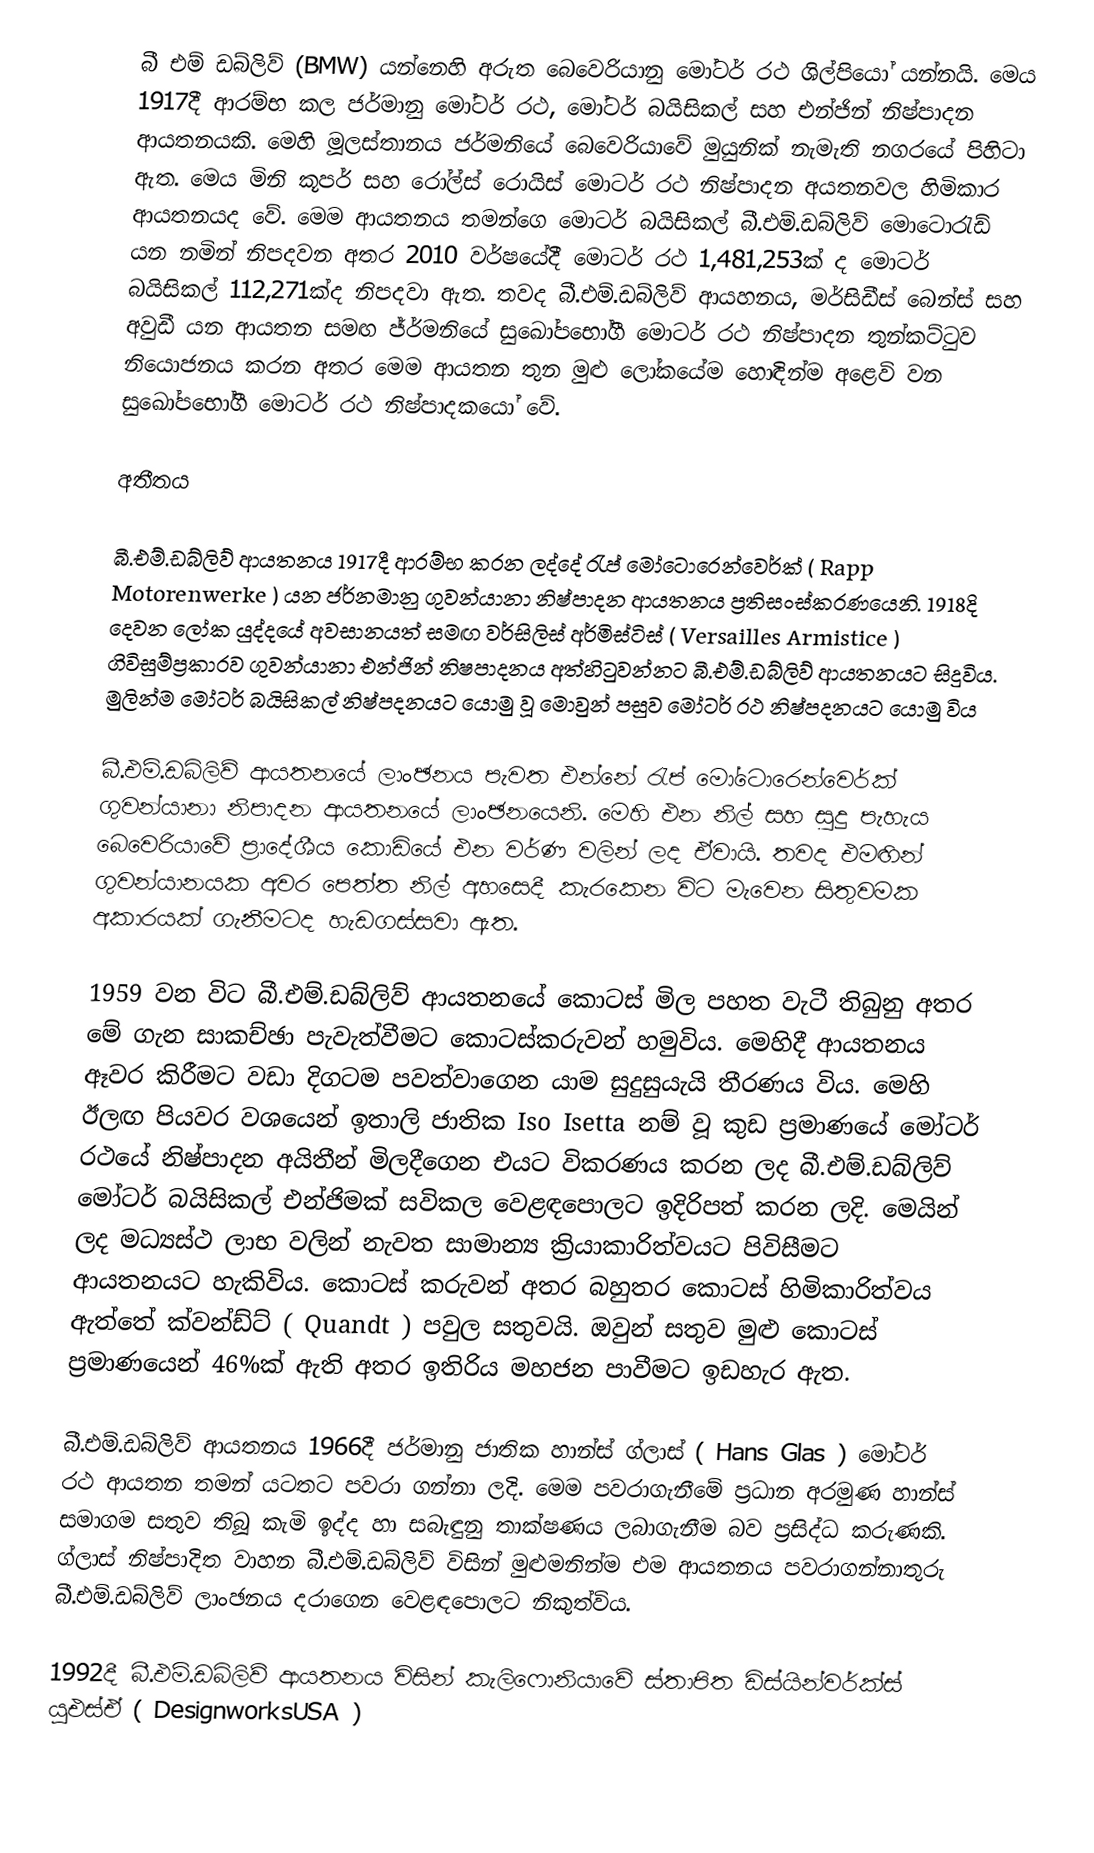
බී එම් ඩබ්ලිව් (BMW)  යන්නෙහි අරුත බෙවෙරියානු මෝටර් රථ ශිල්පියෝ යන්නයි. මෙය 1917දී ආරම්භ කල ජර්මානු මෝටර් රථ, මෝටර් බයිසිකල් සහ එන්ජින් නිෂ්පාදන ආයතනයකි. මෙහි මූලස්තානය ජර්මනියේ බෙවෙරියාවේ මුයුනික් නැමැති නගරයේ පිහිටා ඇත. මෙය මිනි කූපර් සහ රෝල්ස් රොයිස් මොටර් රථ නිෂ්පාදන අයතනවල හිමිකාර ආයතනයද වේ. මෙම ආයතනය තමන්ගෙ මොටර් බයිසිකල් බී.එම්.ඩබ්ලිව් මොටොරැඩ් යන නමින් නිපදවන අතර 2010 වර්ෂයේදී මොටර් රථ 1,481,253ක් ද මොටර් බයිසිකල් 112,271ක්ද නිපදවා ඇත. තවද බී.එම්.ඩබ්ලිව් ආයහනය, මර්සිඩීස් බෙන්ස් සහ අවුඩී යන ආයතන සමඟ ජ්ර්මනියේ සුඛෝපභෝගී මොටර් රථ නිෂ්පාදන තුන්කට්ටුව නියොජනය කරන අතර මෙම ආයතන තුන මුළු ලෝකයේම හොඳින්ම අළෙවි වන සුඛෝපභෝගී මොටර් රථ නිෂ්පාදකයෝ වේ.

අතීතය

බී.එම්.ඩබ්ලිව් ආයතනය 1917දී ආරම්භ කරන ලද්දේ රැප් මෝටොරෙන්වෙර්ක් ( Rapp Motorenwerke ) යන ජර්නමානු ගුවන්යානා නිෂ්පාදන ආයතනය ප්‍රතිසංස්කරණයෙනි. 1918දි දෙවන ලෝක යුද්දයේ අවසානයත් සමඟ වර්සිලිස් අර්මිස්ටිස් ( Versailles Armistice )  ගිවිසුම්ප්‍රකාරව  ගුවන්යානා එන්ජින් නිෂපාදනය අත්හිටුවන්නට බී.එම්.ඩබ්ලිව් ආයතනයට සිදුවිය. මුලින්ම මෝටර් බයිසිකල් නිෂ්පදනයට යොමු වූ මොවුන් පසුව මෝටර් රථ නිෂ්පදනයට යොමු විය

බී.එම්.ඩබ්ලිව් ආයතනයේ ලාංඡනය පැවත එන්නේ රැප් මෝටොරෙන්වෙර්ක් ගුවන්යානා නිපාදන ආයතනයේ ලාංඡනයෙනි. මෙහි එන නිල් සහ සුදු පැහැය බෙවෙරියාවේ ප්‍රාදේශීය කොඩියේ එන වර්ණ වලින් ලද ඒවායි. තවද එමඟින් ගුවන්යානයක අවර පෙත්ත නිල් අහසෙදී කැරකෙන විට මැවෙන සිතුවමක අකාරයක් ගැනීමටද හැඩගස්සවා ඇත.

1959 වන විට බී.එම්.ඩබ්ලිව් ආයතනයේ කොටස් මිල පහත වැටී තිබුනු අතර මේ ගැන සාකච්ඡා පැවැත්වීමට කොටස්කරුවන් හමුවිය. මෙහිදී ආයතනය ඈවර කිරීමට වඩා දිගටම පවත්වාගෙන යාම සුදුසුයැයි තීරණය විය. මෙහි ඊලඟ පියවර වශයෙන් ඉතාලි ජාතික Iso Isetta නම් වූ කුඩ ප්‍රමාණයේ මෝටර් රථයේ නිෂ්පාදන අයිතීන් මිලදීගෙන එයට විකරණය කරන ලද බී.එම්.ඩබ්ලිව් මෝටර් බයිසිකල් එන්ජිමක් සවිකල වෙළඳපොලට ඉදිරිපත් කරන ලදි. මෙයින් ලද මධ්‍යස්ථ ලාභ වලින් නැවත සාමාන්‍ය ක්‍රියාකාරිත්වයට පිවිසීමට ආයතනයට හැකිවිය. කොටස් කරුවන් අතර බහුතර කොටස් හිමිකාරිත්වය ඇත්තේ ක්වන්ඩ්ට් ( Quandt ) පවුල සතුවයි. ඔවුන් සතුව මුළු කොටස් ප්‍රමාණයෙන් 46%ක් ඇති අතර ඉතිරිය මහජන පාවීමට ඉඩහැර ඇත.

බී.එම්.ඩබ්ලිව් ආයතනය 1966දී ජර්මානු ජාතික හාන්ස් ග්ලාස් ( Hans Glas ) මෝටර් රථ ආයතන තමන් යටතට පවරා ගන්නා ලදි. මෙම පවරාගැනීමේ ප්‍රධාන අරමුණ හාන්ස් සමාගම සතුව තිබූ කැමි ඉද්ද හා සබැඳුනු තාක්ෂණය ලබාගැනීම බව ප්‍රසිද්ධ කරුණකි.  ග්ලාස් නිෂ්පාදිත වාහන බී.එම්.ඩබ්ලිව් විසින් මුළුමනින්ම එම ආයතනය පවරාගන්නාතුරු බී.එම්.ඩබ්ලිව් ලාංඡනය දරාගෙන වෙළඳපොලට නිකුත්විය.

1992දී බී.එම්.ඩබ්ලිව් ආයතනය විසින් කැලිෆොනියාවේ ස්තාපිත ඩිස්යින්වර්ක්ස් යූඑස්ඒ ( DesignworksUSA )